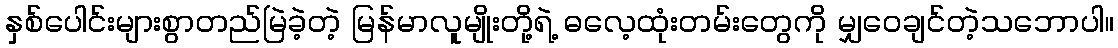
နှစ်ပေါင်းများစွာတည်မြဲခဲ့တဲ့ မြန်မာလူမျိုးတို့ရဲ့ ဓလေ့ထုံးတမ်းတွေကို မျှဝေချင်တဲ့သဘောပါ။